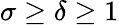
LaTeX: \sigma\ge\delta\ge 1